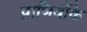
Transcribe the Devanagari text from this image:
प्राणियोंके